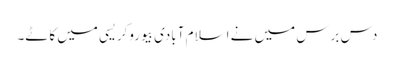
دس برس میں نے اسلام آبادی بیوروکریسی میں کاٹے۔